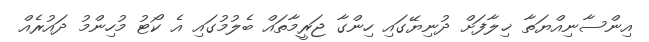
އިންސާނިއްޔަތާ ޚިލާފަށް ދުނިޔޭގައި ހިންގާ ޖަރީމާތައް ބެލުމުގައި އެ ކޯޓު މުހިންމު ދައުރެއް